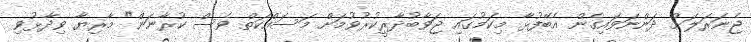
ޖެނަރަލަށް ދަންނަވައިގެން އެބޭފުޅާ މިކަމުގައި ޖަވާބުދާރީކުރުވުމަށް މަސައްކަތް ވެސް ކުރާނަން" މާރިޔާ ވިދާޅުވި